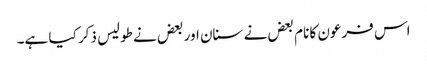
اس فرعون کا نام بعض نے سنان اور بعض نے طولیس ذکر کیا ہے۔